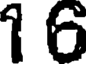
1 6